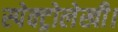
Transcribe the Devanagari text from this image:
स्पेक्ट्रोलेखी।